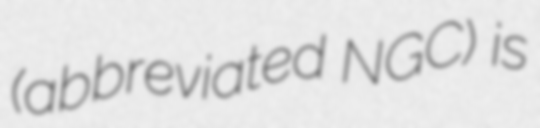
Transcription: (abbreviated NGC) is